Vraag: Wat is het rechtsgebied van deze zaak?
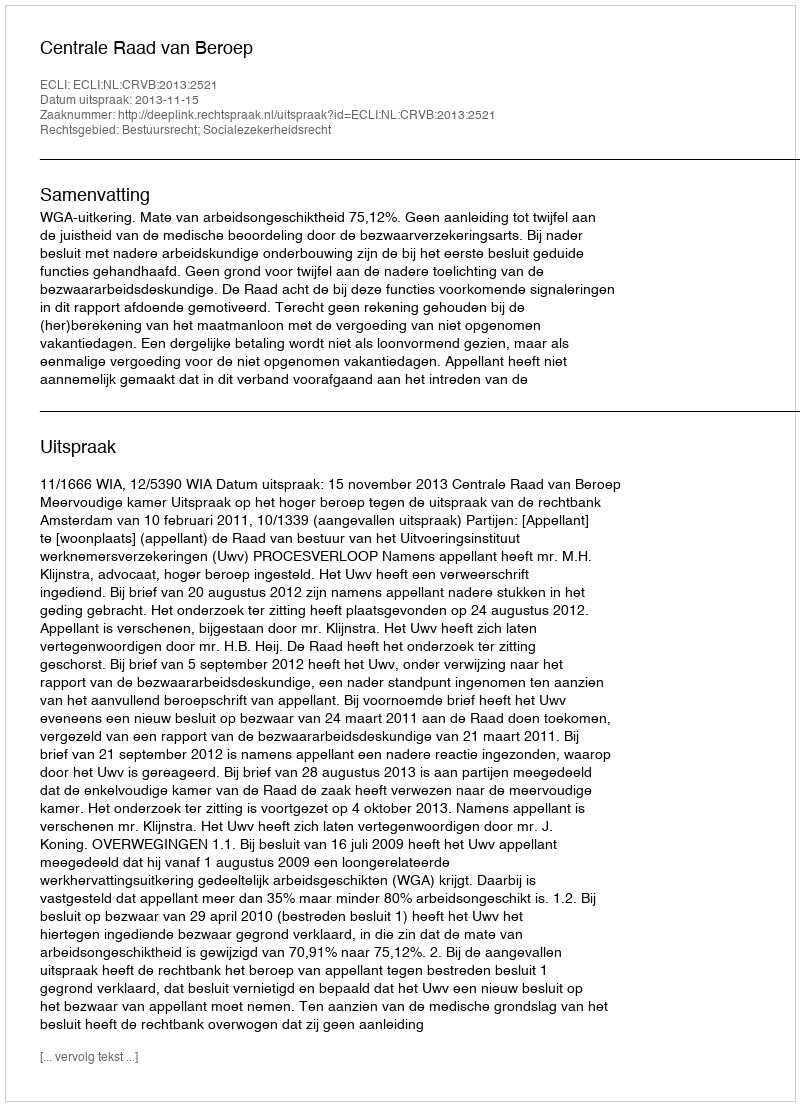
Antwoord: Bestuursrecht; Socialezekerheidsrecht